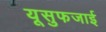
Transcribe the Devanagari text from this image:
यूसुफजाई